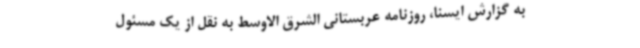
به گزارش ایسنا، روزنامه عربستانی الشرق الاوسط به نقل از یک مسئول